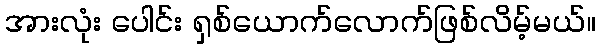
အားလုံး ပေါင်း ရှစ်ယောက်လောက်ဖြစ်လိမ့်မယ်။